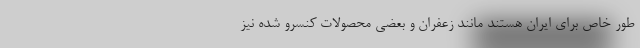
طور خاص برای ایران هستند مانند زعفران و بعضی محصولات کنسرو شده نیز